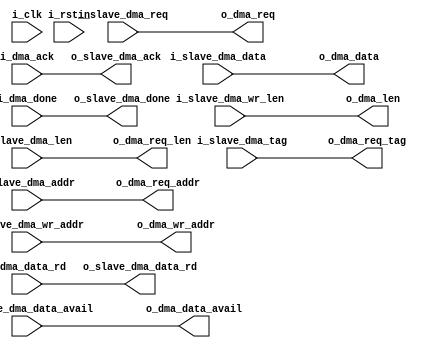
//--------------------------------------------------------------------------------
// Project    : SWITCH
// Version    : 0.1
//
// Description: Arbitrator to arbitrate among PSGs to access PCIe core
//
//--------------------------------------------------------------------------------


`define MAX_SLAVE 16
module user_dma_req_arbitrator #(
    parameter NUM_SLAVES = 'd4,
    parameter ADDR_WIDTH = 'd32,
    parameter LEN_WIDTH  = 'd12,
    parameter TAG_WIDTH  = 'd8,
    parameter DATA_WIDTH = 'd128,
    parameter DMA_LEN    = 'd5
    )
   (
       input                                    i_clk,
       input                                    i_rst_n,
       //To PSG slaves
       input                                    i_slave_dma_req,
       input      [ADDR_WIDTH-1:0]              i_slave_dma_addr,
       input      [LEN_WIDTH-1:0]               i_slave_dma_len,
       input      [TAG_WIDTH-1 :0]              i_slave_dma_tag,
       output reg                               o_slave_dma_ack, 
 
       input                                    i_slave_dma_data_avail,
       input      [ADDR_WIDTH-1:0]              i_slave_dma_wr_addr,
       output reg                               o_slave_dma_data_rd,
       input      [DATA_WIDTH-1:0]              i_slave_dma_data,
       input      [DMA_LEN-1:0]                 i_slave_dma_wr_len,
       output reg                               o_slave_dma_done,
       //To PCIe Tx engine
       output reg                               o_dma_req,
       input                                    i_dma_ack,
       output reg [ADDR_WIDTH-1:0]              o_dma_req_addr,
       output reg [LEN_WIDTH-1:0]               o_dma_req_len,
       output reg [TAG_WIDTH-1:0]               o_dma_req_tag,
 
       output reg                               o_dma_data_avail,
       output reg [ADDR_WIDTH-1:0]              o_dma_wr_addr,
       input                                    i_dma_data_rd,
       output reg [DATA_WIDTH-1:0]              o_dma_data,
       output reg [DMA_LEN-1:0]                 o_dma_len,
       input                                    i_dma_done
    );



always@(*)
begin
   o_slave_dma_data_rd  <=    i_dma_data_rd;
   o_dma_data           <=    i_slave_dma_data;
   o_dma_req_addr       <=    i_slave_dma_addr;
   o_dma_req_len        <=    i_slave_dma_len;
   o_dma_req_tag        <=    i_slave_dma_tag;
   o_dma_wr_addr        <=    i_slave_dma_wr_addr; 
   o_dma_len            <=    i_slave_dma_wr_len;
   o_slave_dma_done     <=    i_dma_done;
   o_dma_req            <=    i_slave_dma_req;
   o_slave_dma_ack      <=    i_dma_ack;
   o_dma_data_avail     <=    i_slave_dma_data_avail;
end

endmodule